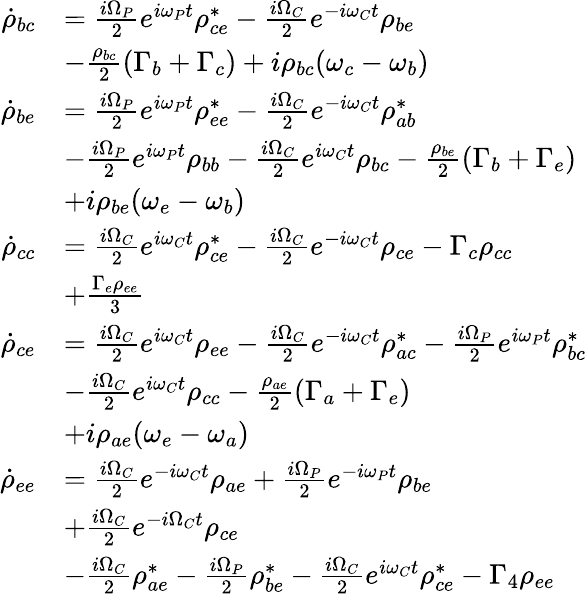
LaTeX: \begin{array}{rl}{\dot{\rho}_{bc}}&{=\frac{i\Omega_{P}}{2}e^{i\omega_{P}t}\rho_{ce}^{*}-\frac{i\Omega_{C}}{2}e^{-i\omega_{C}t}\rho_{be}}\\ &{-\frac{\rho_{bc}}{2}(\Gamma_{b}+\Gamma_{c})+i\rho_{bc}(\omega_{c}-\omega_{b})}\\ {\dot{\rho}_{be}}&{=\frac{i\Omega_{P}}{2}e^{i\omega_{P}t}\rho_{ee}^{*}-\frac{i\Omega_{C}}{2}e^{-i\omega_{C}t}\rho_{ab}^{*}}\\ &{-\frac{i\Omega_{P}}{2}e^{i\omega_{P}t}\rho_{bb}-\frac{i\Omega_{C}}{2}e^{i\omega_{C}t}\rho_{bc}-\frac{\rho_{be}}{2}(\Gamma_{b}+\Gamma_{e})}\\ &{+i\rho_{be}(\omega_{e}-\omega_{b})}\\ {\dot{\rho}_{cc}}&{=\frac{i\Omega_{C}}{2}e^{i\omega_{C}t}\rho_{ce}^{*}-\frac{i\Omega_{C}}{2}e^{-i\omega_{C}t}\rho_{ce}-\Gamma_{c}\rho_{cc}}\\ &{+\frac{\Gamma_{e}\rho_{ee}}{3}}\\ {\dot{\rho}_{ce}}&{=\frac{i\Omega_{C}}{2}e^{i\omega_{C}t}\rho_{ee}-\frac{i\Omega_{C}}{2}e^{-i\omega_{C}t}\rho_{ac}^{*}-\frac{i\Omega_{P}}{2}e^{i\omega_{P}t}\rho_{bc}^{*}}\\ &{-\frac{i\Omega_{C}}{2}e^{i\omega_{C}t}\rho_{cc}-\frac{\rho_{ae}}{2}(\Gamma_{a}+\Gamma_{e})}\\ &{+i\rho_{ae}(\omega_{e}-\omega_{a})}\\ {\dot{\rho}_{ee}}&{=\frac{i\Omega_{C}}{2}e^{-i\omega_{C}t}\rho_{ae}+\frac{i\Omega_{P}}{2}e^{-i\omega_{P}t}\rho_{be}}\\ &{+\frac{i\Omega_{C}}{2}e^{-i\Omega_{C}t}\rho_{ce}}\\ &{-\frac{i\Omega_{C}}{2}\rho_{ae}^{*}-\frac{i\Omega_{P}}{2}\rho_{be}^{*}-\frac{i\Omega_{C}}{2}e^{i\omega_{C}t}\rho_{ce}^{*}-\Gamma_{4}\rho_{ee}}\end{array}